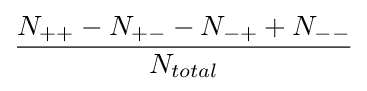
{\frac {N_{++}-N_{+-}-N_{-+}+N_{--}}{N_{total}}}